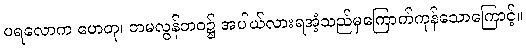
ပရလောက ဟေတု၊ တမလွန်ဘဝ၌ အပါယ်လားရအံ့သည်မှကြောက်ကုန်သောကြောင့်။